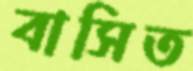
বাসিত